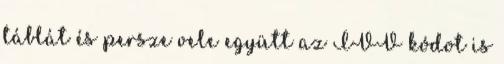
táblát és persze vele együtt az IVV kódot is